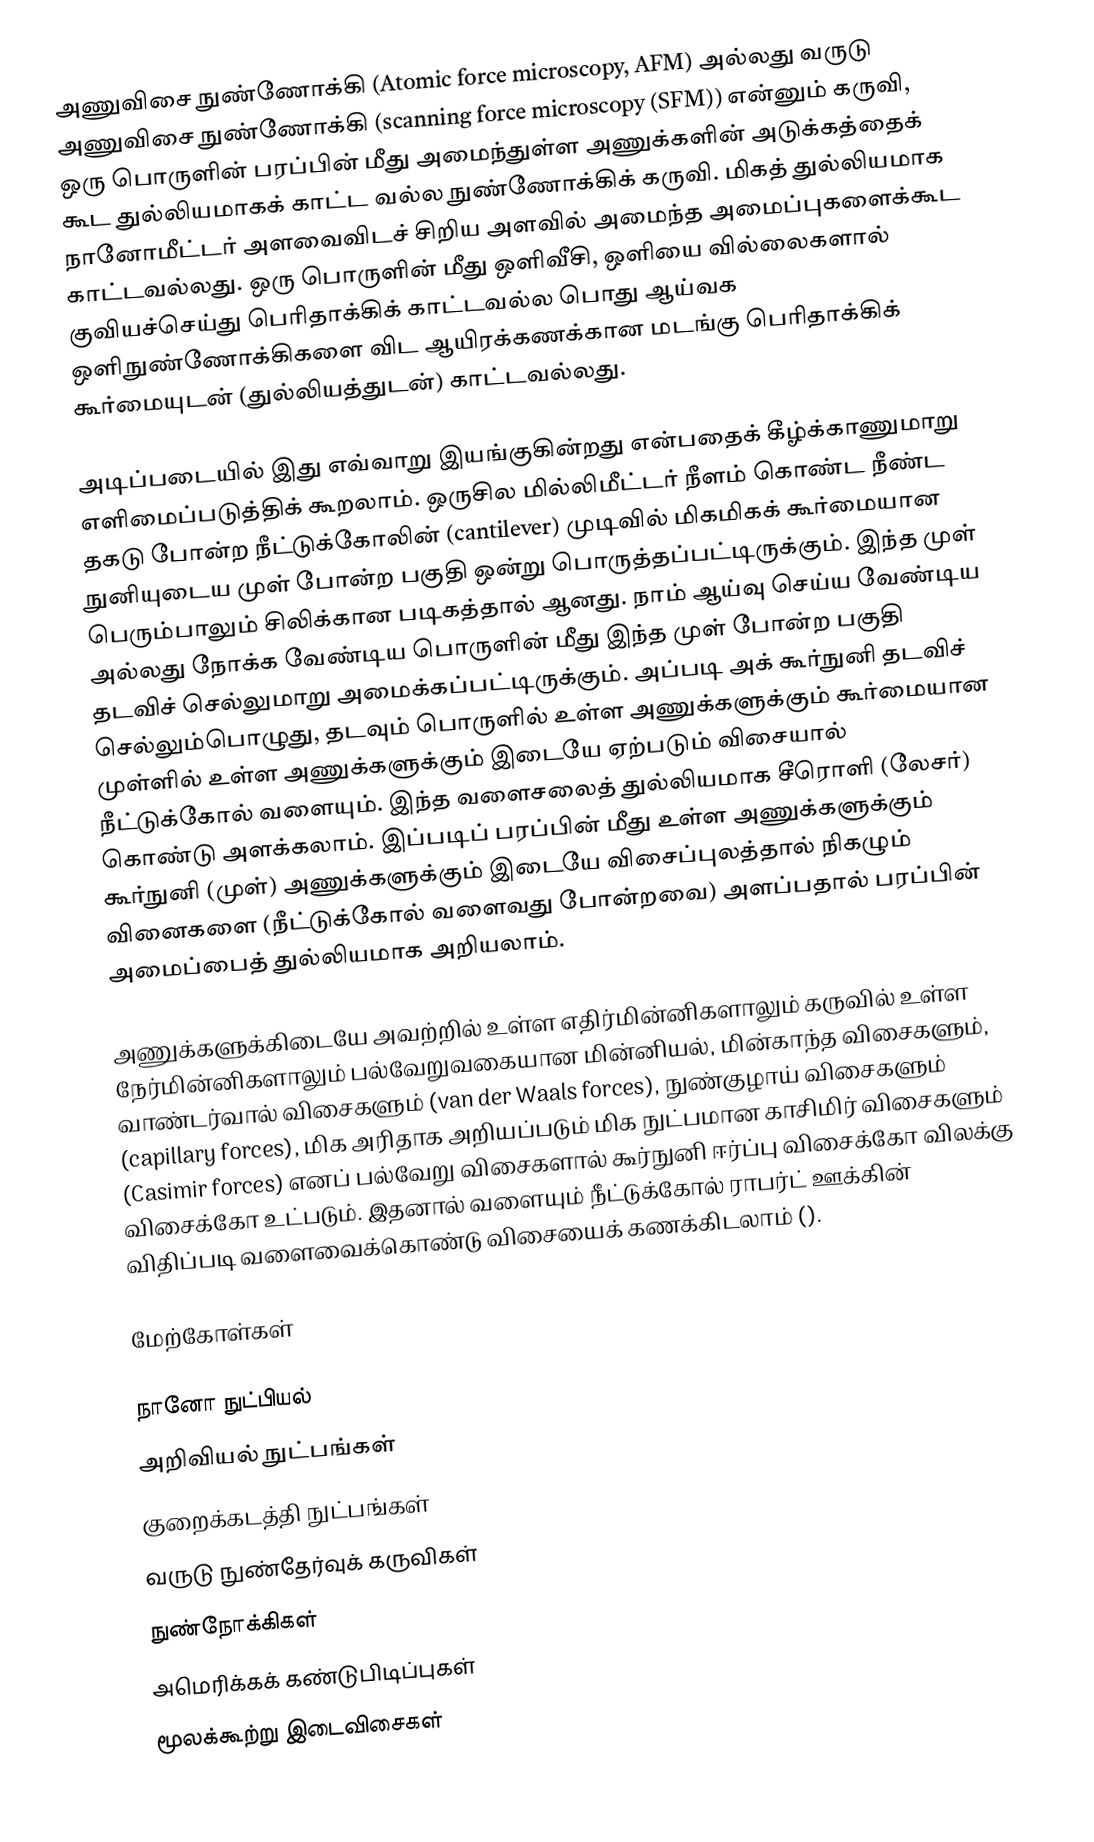
அணுவிசை நுண்ணோக்கி (Atomic force microscopy, AFM) அல்லது வருடு அணுவிசை நுண்ணோக்கி (scanning force microscopy (SFM)) என்னும் கருவி, ஒரு பொருளின் பரப்பின் மீது அமைந்துள்ள அணுக்களின் அடுக்கத்தைக் கூட துல்லியமாகக் காட்ட வல்ல நுண்ணோக்கிக் கருவி. மிகத் துல்லியமாக நானோமீட்டர் அளவைவிடச் சிறிய அளவில் அமைந்த அமைப்புகளைக்கூட காட்டவல்லது. ஒரு பொருளின் மீது ஒளிவீசி, ஒளியை வில்லைகளால் குவியச்செய்து பெரிதாக்கிக் காட்டவல்ல பொது ஆய்வக ஒளிநுண்ணோக்கிகளை விட ஆயிரக்கணக்கான மடங்கு பெரிதாக்கிக் கூர்மையுடன் (துல்லியத்துடன்) காட்டவல்லது.

அடிப்படையில் இது எவ்வாறு இயங்குகின்றது என்பதைக் கீழ்க்காணுமாறு எளிமைப்படுத்திக் கூறலாம். ஒருசில மில்லிமீட்டர் நீளம் கொண்ட நீண்ட தகடு போன்ற நீட்டுக்கோலின் (cantilever) முடிவில் மிகமிகக் கூர்மையான நுனியுடைய முள் போன்ற பகுதி ஒன்று பொருத்தப்பட்டிருக்கும். இந்த முள் பெரும்பாலும் சிலிக்கான படிகத்தால் ஆனது. நாம் ஆய்வு செய்ய வேண்டிய அல்லது நோக்க வேண்டிய பொருளின் மீது இந்த முள் போன்ற பகுதி தடவிச் செல்லுமாறு அமைக்கப்பட்டிருக்கும். அப்படி அக் கூர்நுனி தடவிச் செல்லும்பொழுது, தடவும் பொருளில் உள்ள அணுக்களுக்கும் கூர்மையான முள்ளில் உள்ள அணுக்களுக்கும் இடையே ஏற்படும் விசையால் நீட்டுக்கோல் வளையும். இந்த வளைசலைத் துல்லியமாக சீரொளி (லேசர்) கொண்டு அளக்கலாம். இப்படிப் பரப்பின் மீது உள்ள அணுக்களுக்கும் கூர்நுனி (முள்) அணுக்களுக்கும் இடையே விசைப்புலத்தால் நிகழும் வினைகளை (நீட்டுக்கோல் வளைவது போன்றவை) அளப்பதால் பரப்பின் அமைப்பைத் துல்லியமாக அறியலாம்.

அணுக்களுக்கிடையே அவற்றில் உள்ள எதிர்மின்னிகளாலும் கருவில் உள்ள நேர்மின்னிகளாலும் பல்வேறுவகையான மின்னியல், மின்காந்த விசைகளும், வாண்டர்வால் விசைகளும் (van der Waals forces), நுண்குழாய் விசைகளும் (capillary forces), மிக அரிதாக அறியப்படும் மிக நுட்பமான காசிமிர் விசைகளும் (Casimir forces) எனப் பல்வேறு விசைகளால் கூர்நுனி ஈர்ப்பு விசைக்கோ விலக்கு விசைக்கோ உட்படும். இதனால் வளையும் நீட்டுக்கோல் ராபர்ட் ஊக்கின் விதிப்படி வளைவைக்கொண்டு விசையைக் கணக்கிடலாம் ().

மேற்கோள்கள்

நானோ நுட்பியல்
அறிவியல் நுட்பங்கள்
குறைக்கடத்தி நுட்பங்கள்
வருடு நுண்தேர்வுக் கருவிகள்
நுண்நோக்கிகள்
அமெரிக்கக் கண்டுபிடிப்புகள்
மூலக்கூற்று இடைவிசைகள்